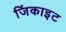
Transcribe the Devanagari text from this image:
जिंकाइट